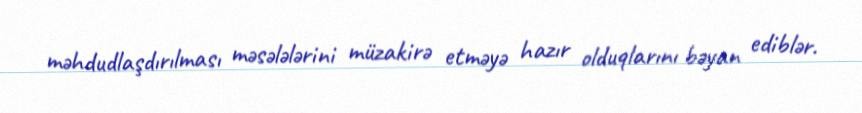
məhdudlaşdırılması məsələlərini müzakirə etməyə hazır olduqlarını bəyan ediblər.